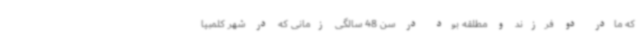
که مادر دو فرزند و مطلقه بود در سن 48 سالگی زمانی که در شهر کلمبیا